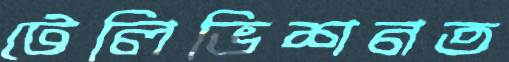
টেলিভিশনত